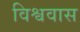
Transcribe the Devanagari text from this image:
विश्ववास